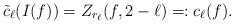
LaTeX: \begin{align*} \tilde{c}_\ell(I(f))=Z_{r_\ell}(f,2-\ell)=:c_\ell(f).\end{align*}